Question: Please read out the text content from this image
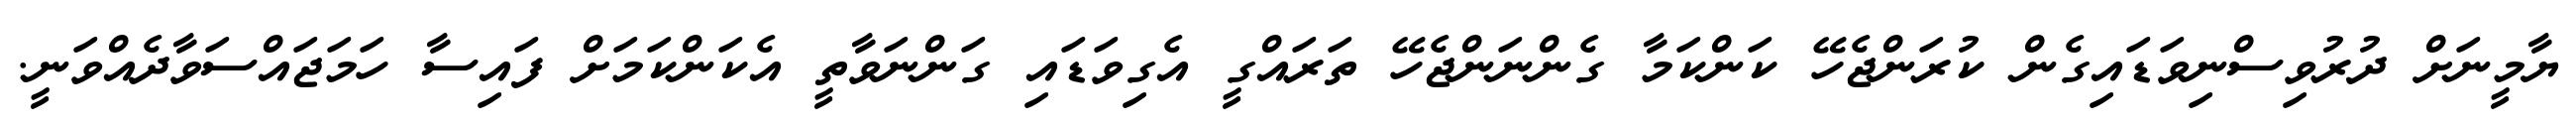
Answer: ޔާމީނަށް ދުރުވިސްނިވަޑައިގެން ކުރަންޖެހޭ ކަންކަމާ ގެންނަންޖެހޭ ތަރައްގީ އެގިވަޑައި ގަންނަވާތީ އެކަންކަމަށް ފައިސާ ހަމަޖައްސަވާދެއްވަނީ.